Problem: 3 × 2 = ?
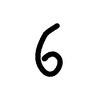
Handwritten answer: 6